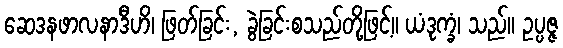
ဆေဒနဖာလနာဒီဟိ၊ ဖြတ်ခြင်း, ခွဲခြင်းစသည်တို့ဖြင့်။ ယံဒုက္ခံ၊ သည်။ ဥပ္ပဇ္ဇ